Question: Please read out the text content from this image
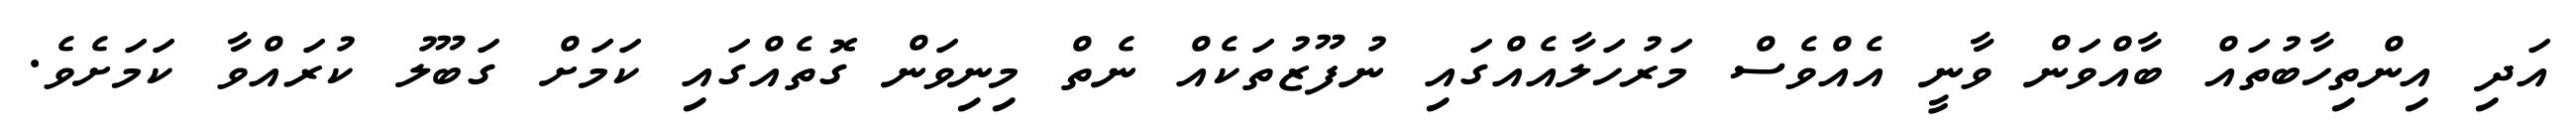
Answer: އަދި އިންތިހާބުތައް ބާއްވަން ވާނީ އެއްވެސް މަރުހަލާއެއްގައި ނުފޫޒުތަކެއް ނެތް މިނިވަން ގޮތެއްގައި ކަމަށް ގަބޫލު ކުރައްވާ ކަމަށެވެ.